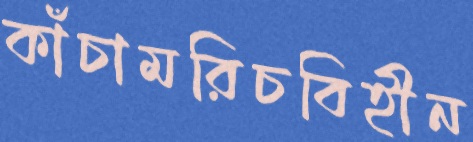
কাঁচামরিচবিহীন